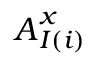
\boldsymbol { A } _ { I ( i ) } ^ { x }